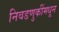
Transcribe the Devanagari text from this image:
निवडणुकींमधून